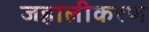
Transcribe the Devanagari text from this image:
जहालीकरण